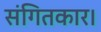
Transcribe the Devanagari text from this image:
संगितकार।